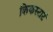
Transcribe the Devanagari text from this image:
किकस्टार्ट